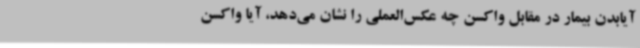
آیابدن بیمار در مقابل واکسن چه عکس‌العملی را نشان می‌دهد، آیا واکسن